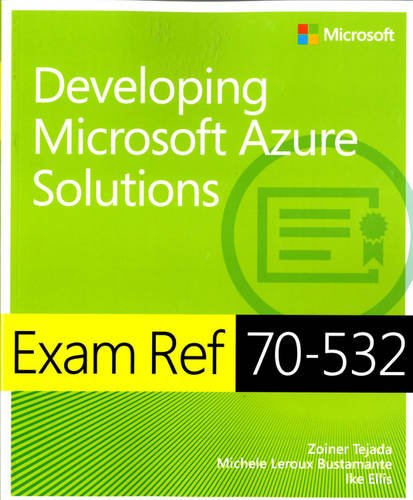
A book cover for Exam Ref 70-532 Developing Microsoft Azure Solutions; Zoiner Tejada; Computers & Technology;